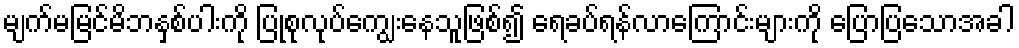
မျက်မမြင်မိဘနှစ်ပါးကို ပြုစုလုပ်ကျွေးနေသူဖြစ်၍ ရေခပ်ရန်လာကြောင်းများကို ပြောပြသောအခါ